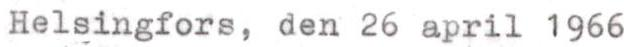
Helsingfors, den 26 april 1966